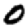
Digit: 0